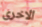
الاخرى